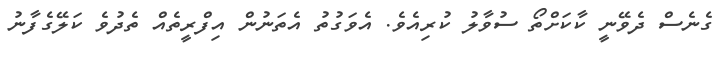
ގެނެސް ދެވޭނީ ކާކަށްތޯ ސުވާލު ކުރިއެވެ. އެވަގުތު އެތަނުން އިފްރީތެއް ތެދުވެ ކަލޭގެފާނު